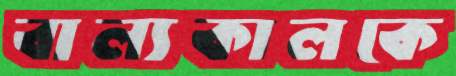
বাল্যকালকে